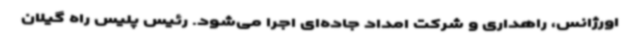
اورژانس، راهداری و شرکت امداد جاده‌ای اجرا می‌شود. رئیس پلیس راه گیلان